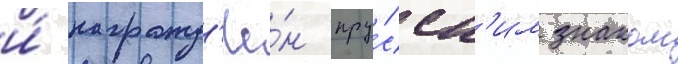
и́ награжд'ё́н пру́сск'им знаком